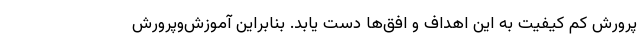
پرورش کم کیفیت به این اهداف و افق‌ها دست یابد. بنابراین آموزش‌وپرورش